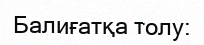
Балиғатқа толу: